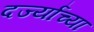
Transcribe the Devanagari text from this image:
दर्ज्यांच्या